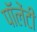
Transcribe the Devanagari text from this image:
पॉलेंटी